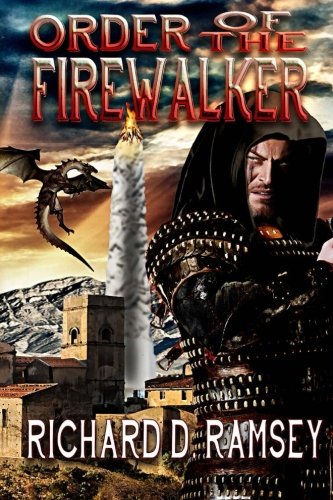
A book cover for Order of the Firewalker; Richard D. Ramsey; Literature & Fiction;